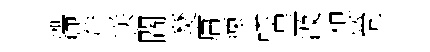
滯莽送閻燹庸煉訣皇汲想筒